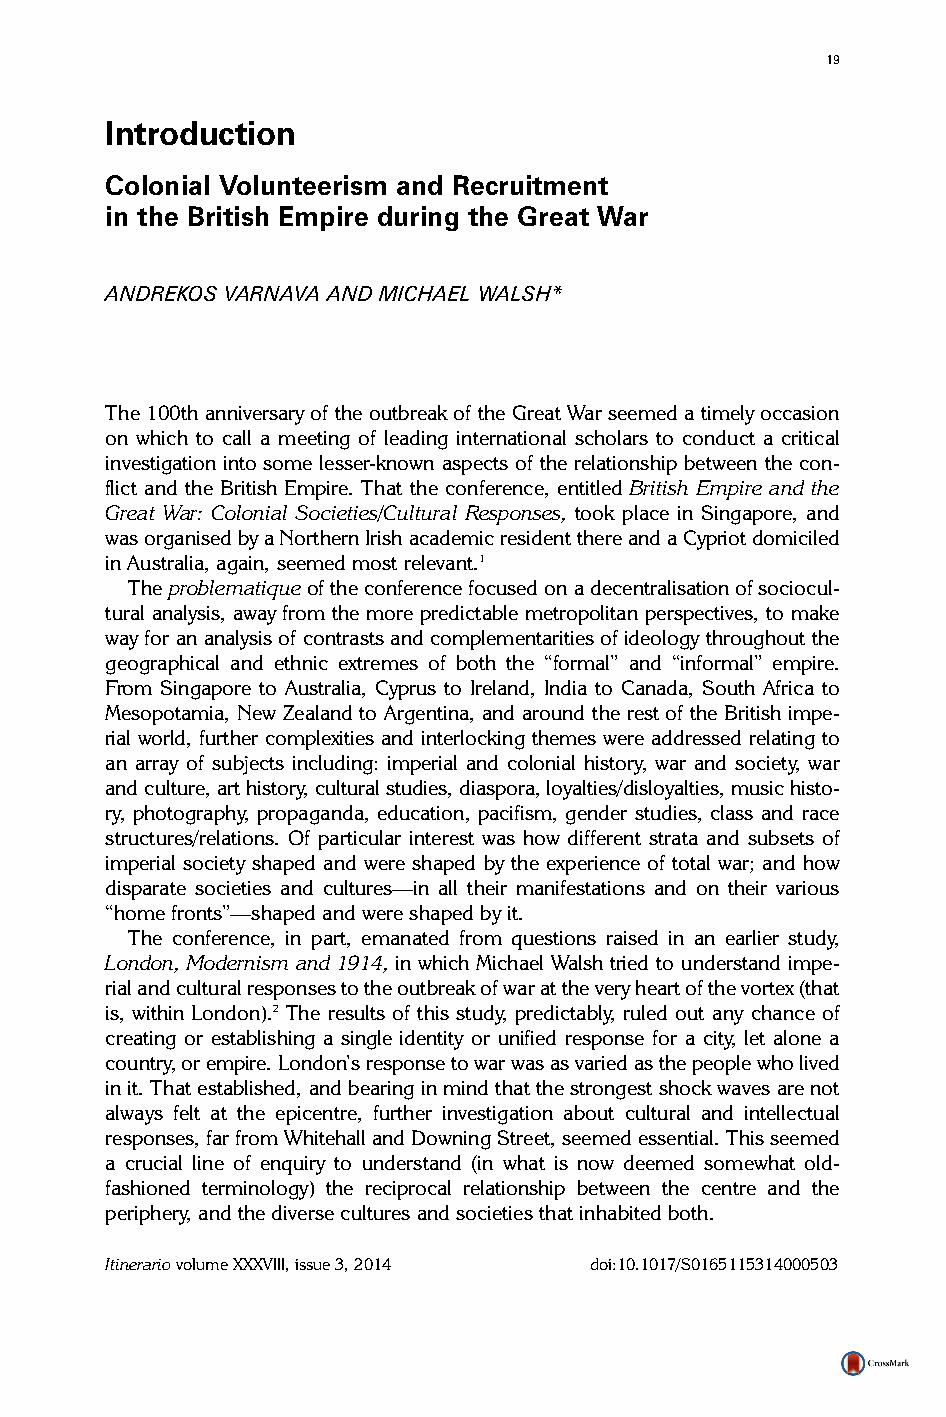
19
 Introduction
 Colonial Volunteerism and Recruitment
 in the British Empire during the Great War
 ANDREKOS VARNAVA AND MICHAEL WALSH*
 The 100th anniversary of the outbreak of the Great War seemed a timely occasion
 on which to call a meeting of leading international scholars to conduct a critical
 investigation into some lesser-known aspects of the relationship between the con-
 flict and the British Empire. That the conference, entitled British Empire and the
 Great War: Colonial Societies/Cultural Responses, took place in Singapore, and
 was organised by a Northern Irish academic resident there and a Cypriot domiciled
 in Australia, again, seemed most relevant.1
 The problematiqueof the conference focused on a decentralisation of sociocul-
 tural analysis, away from the more predictable metropolitan perspectives, to make
 way for an analysis of contrasts and complementarities of ideology throughout the
 geographical and ethnic extremes of both the “formal” and “informal” empire.
 From Singapore to Australia, Cyprus to Ireland, India to Canada, South Africa to
 Mesopotamia, New Zealand to Argentina, and around the rest of the British impe-
 rial world, further complexities and interlocking themes were addressed relating to
 an array of subjects including: imperial and colonial history, war and society, war
 and culture, art history, cultural studies, diaspora, loyalties/disloyalties, music histo-
 ry, photography, propaganda, education, pacifism, gender studies, class and race
 structures/relations. Of particular interest was how different strata and subsets of
 imperial society shaped and were shaped by the experience of total war; and how
 disparate societies and cultures—in all their manifestations and on their various
 “home fronts”—shaped and were shaped by it.
 The conference, in part, emanated from questions raised in an earlier study,
 London, Modernism and 1914, in which Michael Walsh tried to understand impe-
 rial and cultural responses to the outbreak of war at the very heart of the vortex (that
 is, within London).2 The results of this study, predictably, ruled out any chance of
 creating or establishing a single identity or unified response for a city, let alone a
 country, or empire. London’s response to war was as varied as the people who lived
 in it. That established, and bearing in mind that the strongest shock waves are not
 always felt at the epicentre, further investigation about cultural and intellectual
 responses, far from Whitehall and Downing Street, seemed essential. This seemed
 a crucial line of enquiry to understand (in what is now deemed somewhat old-
 fashioned terminology) the reciprocal relationship between the centre and the
 periphery, and the diverse cultures and societies that inhabited both.
 Itinerariovolume XXXVIII, issue 3, 2014 doi:10.1017/S0165115314000503